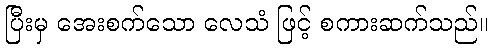
ပြီးမှ အေးစက်သော လေသံ ဖြင့် စကားဆက်သည်။